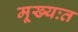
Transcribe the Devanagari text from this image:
मूख्यःत